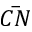
\overbar { C N }